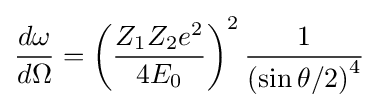
{\frac {d\omega }{d\Omega }}=\left({\frac {Z_{1}Z_{2}e^{2}}{4E_{0}}}\right)^{2}{\frac {1}{\left(\sin {\theta /2}\right)^{4}}}